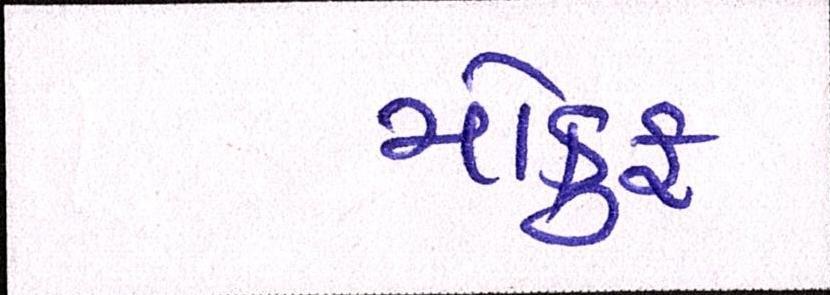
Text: મોકુફ